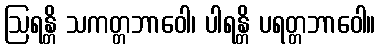
ဩရန္တိ သကတ္တဘာဝေါ၊ ပါရန္တိ ပရတ္တဘာဝေါ။